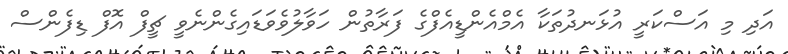
އަދި މި އަސްކަރީ އުޅަނދުތަކާ އެމްއެންޑީއެފްގެ ފަރާތުން ހަވާލުވެވަޑައިގެންނެވީ ޗީފް އޮފް ޑިފެންސް